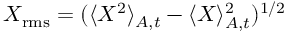
X _ { \mathrm { r m s } } = ( \langle X ^ { 2 } \rangle _ { A , t } - \langle X \rangle _ { A , t } ^ { 2 } ) ^ { 1 / 2 }